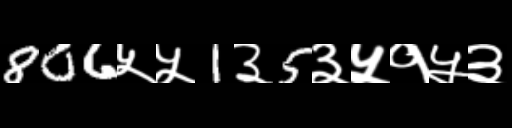
Text: 806५५1३5३५१५३